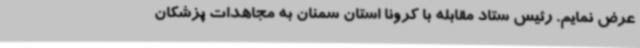
عرض نمایم.‌ رئیس ستاد مقابله با کرونا استان سمنان به مجاهدات پزشکان